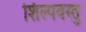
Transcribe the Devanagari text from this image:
शिल्पवस्तु